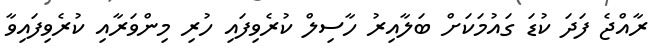
ރާއްޖެ ފަދަ ކުޑަ ގައުމަކަށް ބަލާއިރު ހާސިލް ކުރެވިފައި ހުރި މިންވަރާއި ކުރެވިފައިވާ